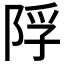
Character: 𨹴